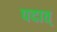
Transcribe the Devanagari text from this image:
पदात्